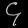
Digit: ၄